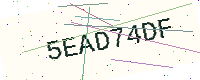
Text: 5EAD74DF